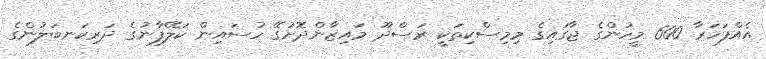
އެއްފަހަރާ 600 މީހުންގެ ޖާގައިގެ މިމިސްކިތަކީ ރަސްދޫ މައިޒާންދޮށުގޭ ހުސައިން ކަލޭފާނުގެ ދަރިކަނބަލުންގެ